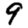
Digit: 9